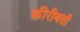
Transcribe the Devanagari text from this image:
कीरीबती